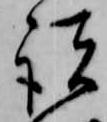
諸